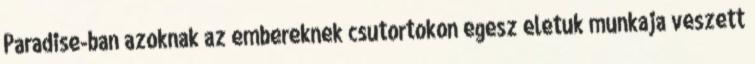
Paradise-ban azoknak az embereknek csutortokon egesz eletuk munkaja veszett